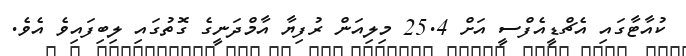
ކުއާޓާގައި އެޗްޑީއެފްސީ އަށް 25.4 މިލިއަން ރުފިޔާ އާމްދަނީގެ ގޮތުގައި ލިބިފައިވެ އެވެ.